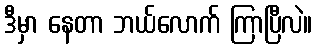
ဒီမှာ နေတာ ဘယ်လောက် ကြာပြီလဲ။